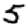
Digit: 5